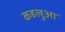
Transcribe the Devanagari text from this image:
कहलुआ